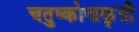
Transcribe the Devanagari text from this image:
चतुष्कोनाकृती